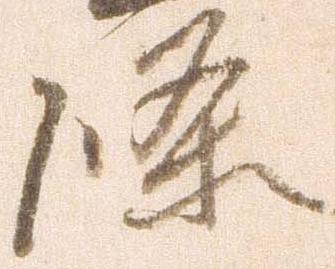
条